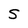
Character: S